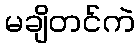
မချိတင်ကဲ